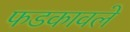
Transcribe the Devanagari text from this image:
फडकावले